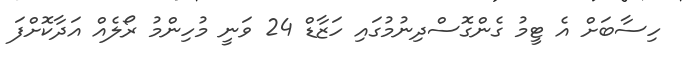
ހިސާބަށް އެ ޓީމު ގެންގޮސްދިނުމުގައި ހަޒާޑް 24 ވަނީ މުހިންމު ރޯލެއް އަދާކޮށްފަ